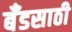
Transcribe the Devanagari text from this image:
बँडसाठी